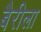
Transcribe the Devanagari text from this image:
बैरीला